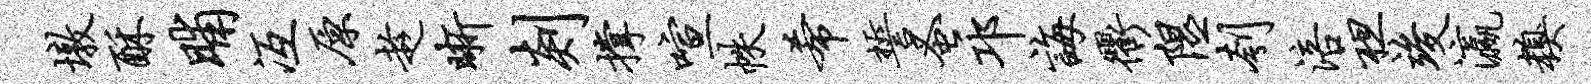
墩酥晡冱原趁晰剡撑喧帙希誓蚤邛诲衢隰刳涪袒竣瀛糗